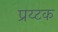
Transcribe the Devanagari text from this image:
प्रय्टक